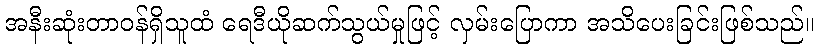
အနီးဆုံးတာဝန်ရှိသူထံ ရေဒီယိုဆက်သွယ်မှုဖြင့် လှမ်းပြောကာ အသိပေးခြင်းဖြစ်သည်။